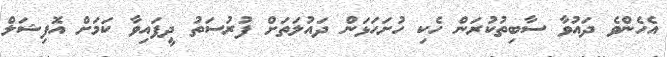
އެހެންވެ ދައުވާ ސާބިތުކުރަން ހެކި ހުށަހަޅަން ދައުލަތަށް ފުރުސަތު ދީފައިވާ ކަމަށް އޮފިޝަލް